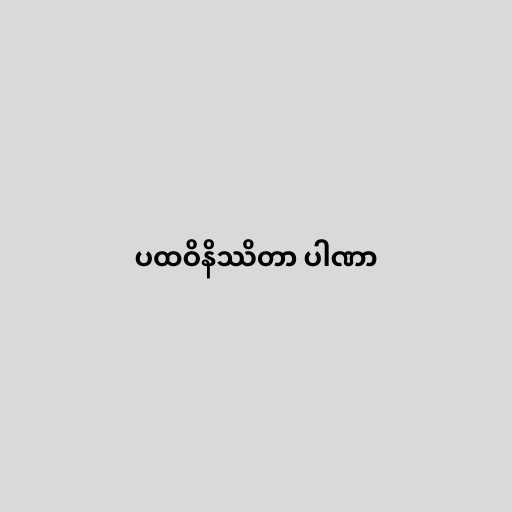
ပထဝိနိဿိတာ ပါဏာ